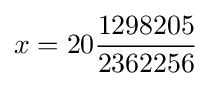
x=20{\frac {1298205}{2362256}}